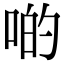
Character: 啲